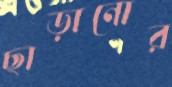
ছাড়ানোর